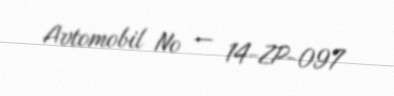
Avtomobil № — 14-ZP-097